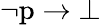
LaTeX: \lnot{\mathrm{p}}\to\bot